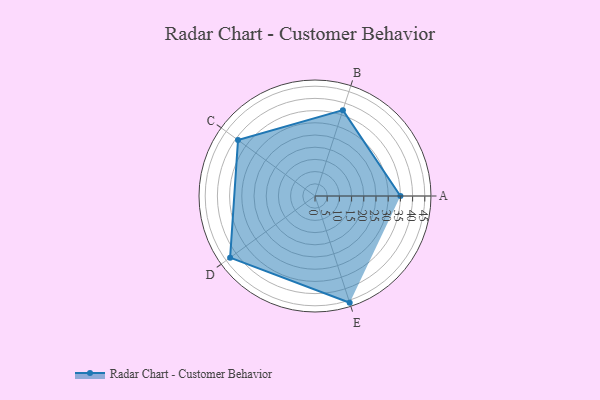
{"axis": {"x": "Skill", "y": "Score"}, "legend": ["Profile"], "data": [{"x": "A", "y": 35.0, "type": "Profile"}, {"x": "B", "y": 37.0, "type": "Profile"}, {"x": "C", "y": 39.0, "type": "Profile"}, {"x": "D", "y": 43.0, "type": "Profile"}, {"x": "E", "y": 46.0, "type": "Profile"}]}